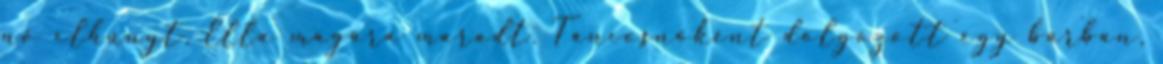
nő elhunyt, Ella magára maradt. Táncosnőként dolgozott egy bárban,